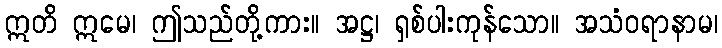
ဣတိ ဣမေ၊ ဤသည်တို့ကား။ အဋ္ဌ၊ ရှစ်ပါးကုန်သော။ အသံဝရာနာမ၊